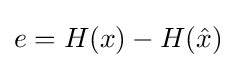
e=H(x)-H({\hat {x}})